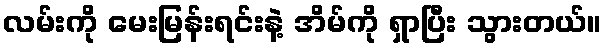
လမ်းကို မေးမြန်းရင်းနဲ့ အိမ်ကို ရှာပြီး သွားတယ်။